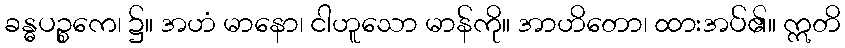
ခန္ဓပဉ္စကေ၊ ၌။ အဟံ မာနော၊ ငါဟူသော မာန်ကို။ အာဟိတော၊ ထားအပ်၏။ ဣတိ